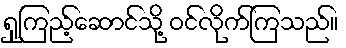
ရှုကြည့်ဆောင်သို့ ဝင်လိုက်ကြသည်။